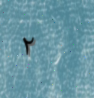
٢